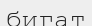
бигат